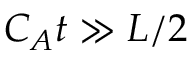
C _ { A } t \gg L / 2